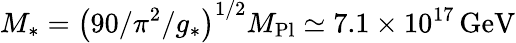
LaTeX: M_{*}=\left(90/\pi^{2}/g_{*}\right)^{1/2}M_{\mathrm{Pl}}\simeq 7.1\times 10^{17}\, \textrm{GeV}